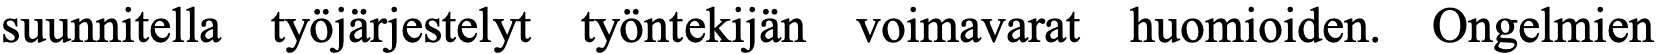
suunnitella työjärjestelyt työntekijän voimavarat huomioiden. Ongelmien